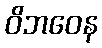
ဝိဘဝေန